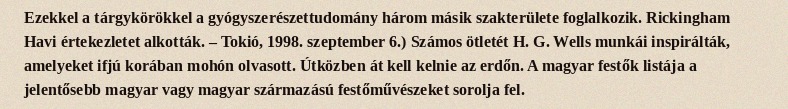
Ezekkel a tárgykörökkel a gyógyszerészettudomány három másik szakterülete foglalkozik. Rickingham Havi értekezletet alkották. – Tokió, 1998. szeptember 6.) Számos ötletét H. G. Wells munkái inspirálták, amelyeket ifjú korában mohón olvasott. Útközben át kell kelnie az erdőn. A magyar festők listája a jelentősebb magyar vagy magyar származású festőművészeket sorolja fel.